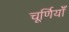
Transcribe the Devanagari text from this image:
चूर्णियाँ